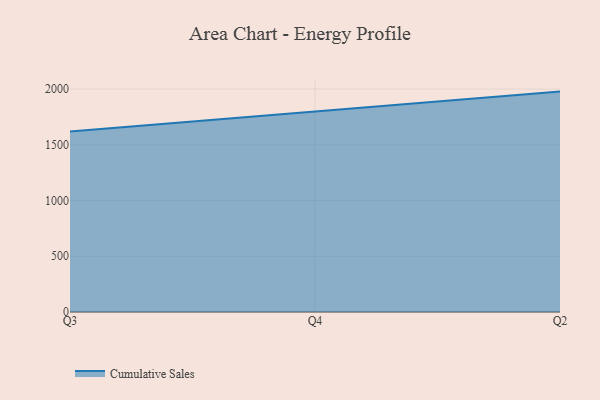
{"axis": {"x": "Quarter", "y": "Operating Costs (USD K)"}, "legend": ["Cumulative Sales"], "data": [{"x": "Q3", "y": 1618.7, "type": "Cumulative Sales"}, {"x": "Q4", "y": 1797.3, "type": "Cumulative Sales"}, {"x": "Q2", "y": 1977.3, "type": "Cumulative Sales"}]}